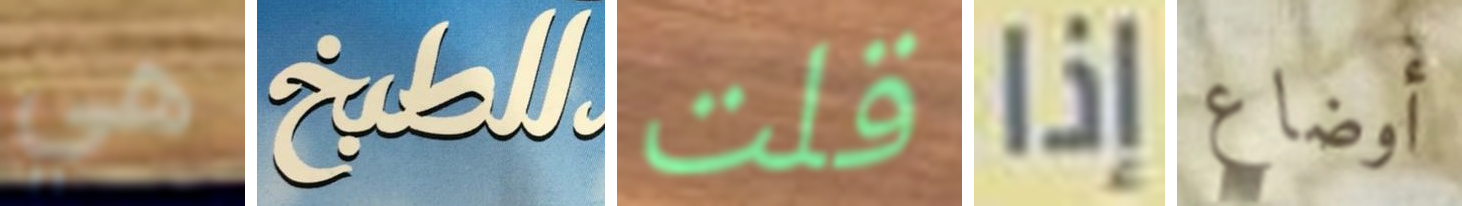
هي للمطبخ قلت إذا أوضاع